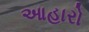
આહારો